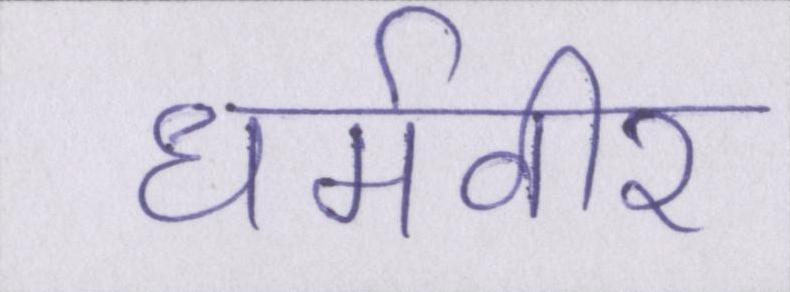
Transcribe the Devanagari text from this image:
धर्मवीर